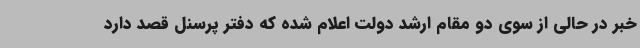
خبر در حالی از سوی دو مقام ارشد دولت اعلام شده که دفتر پرسنل قصد دارد